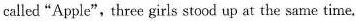
called "Apple", three girls stood up at the same time.